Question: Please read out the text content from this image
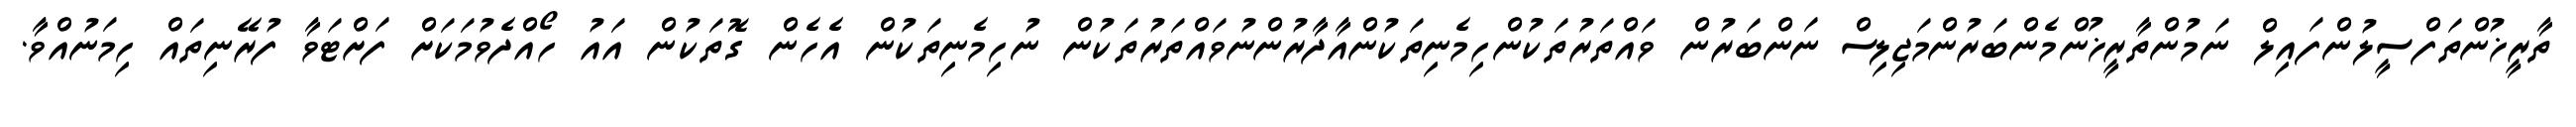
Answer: ތާރީޚުންތަފްސީލުންފައިލް ނަމުންތާރީޚުންމެންބަރުންމަޖިލިސް ނަންބަރުން ވައްތަރުތަކުންހިމެނިތަކުންއާދާރުންނުވައްތަރުތަކުން ނުހިމެނިތަކުން އެހެން ގޮތަކުން އައު ހޯއްދެވުމަކަށް ފަށްޓަވާ ފުރޭނިތައް ހިމަނުއްވާ.